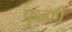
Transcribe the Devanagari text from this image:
फुल्‍की